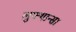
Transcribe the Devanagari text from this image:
लुफ्थान्सा